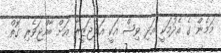
މަމެން ގެ އެދުމަކީ އަދި ވިޝް އަކީ އަލްޖަޒީރާ އަށް ބާއްޖަވެރި ގޮތް